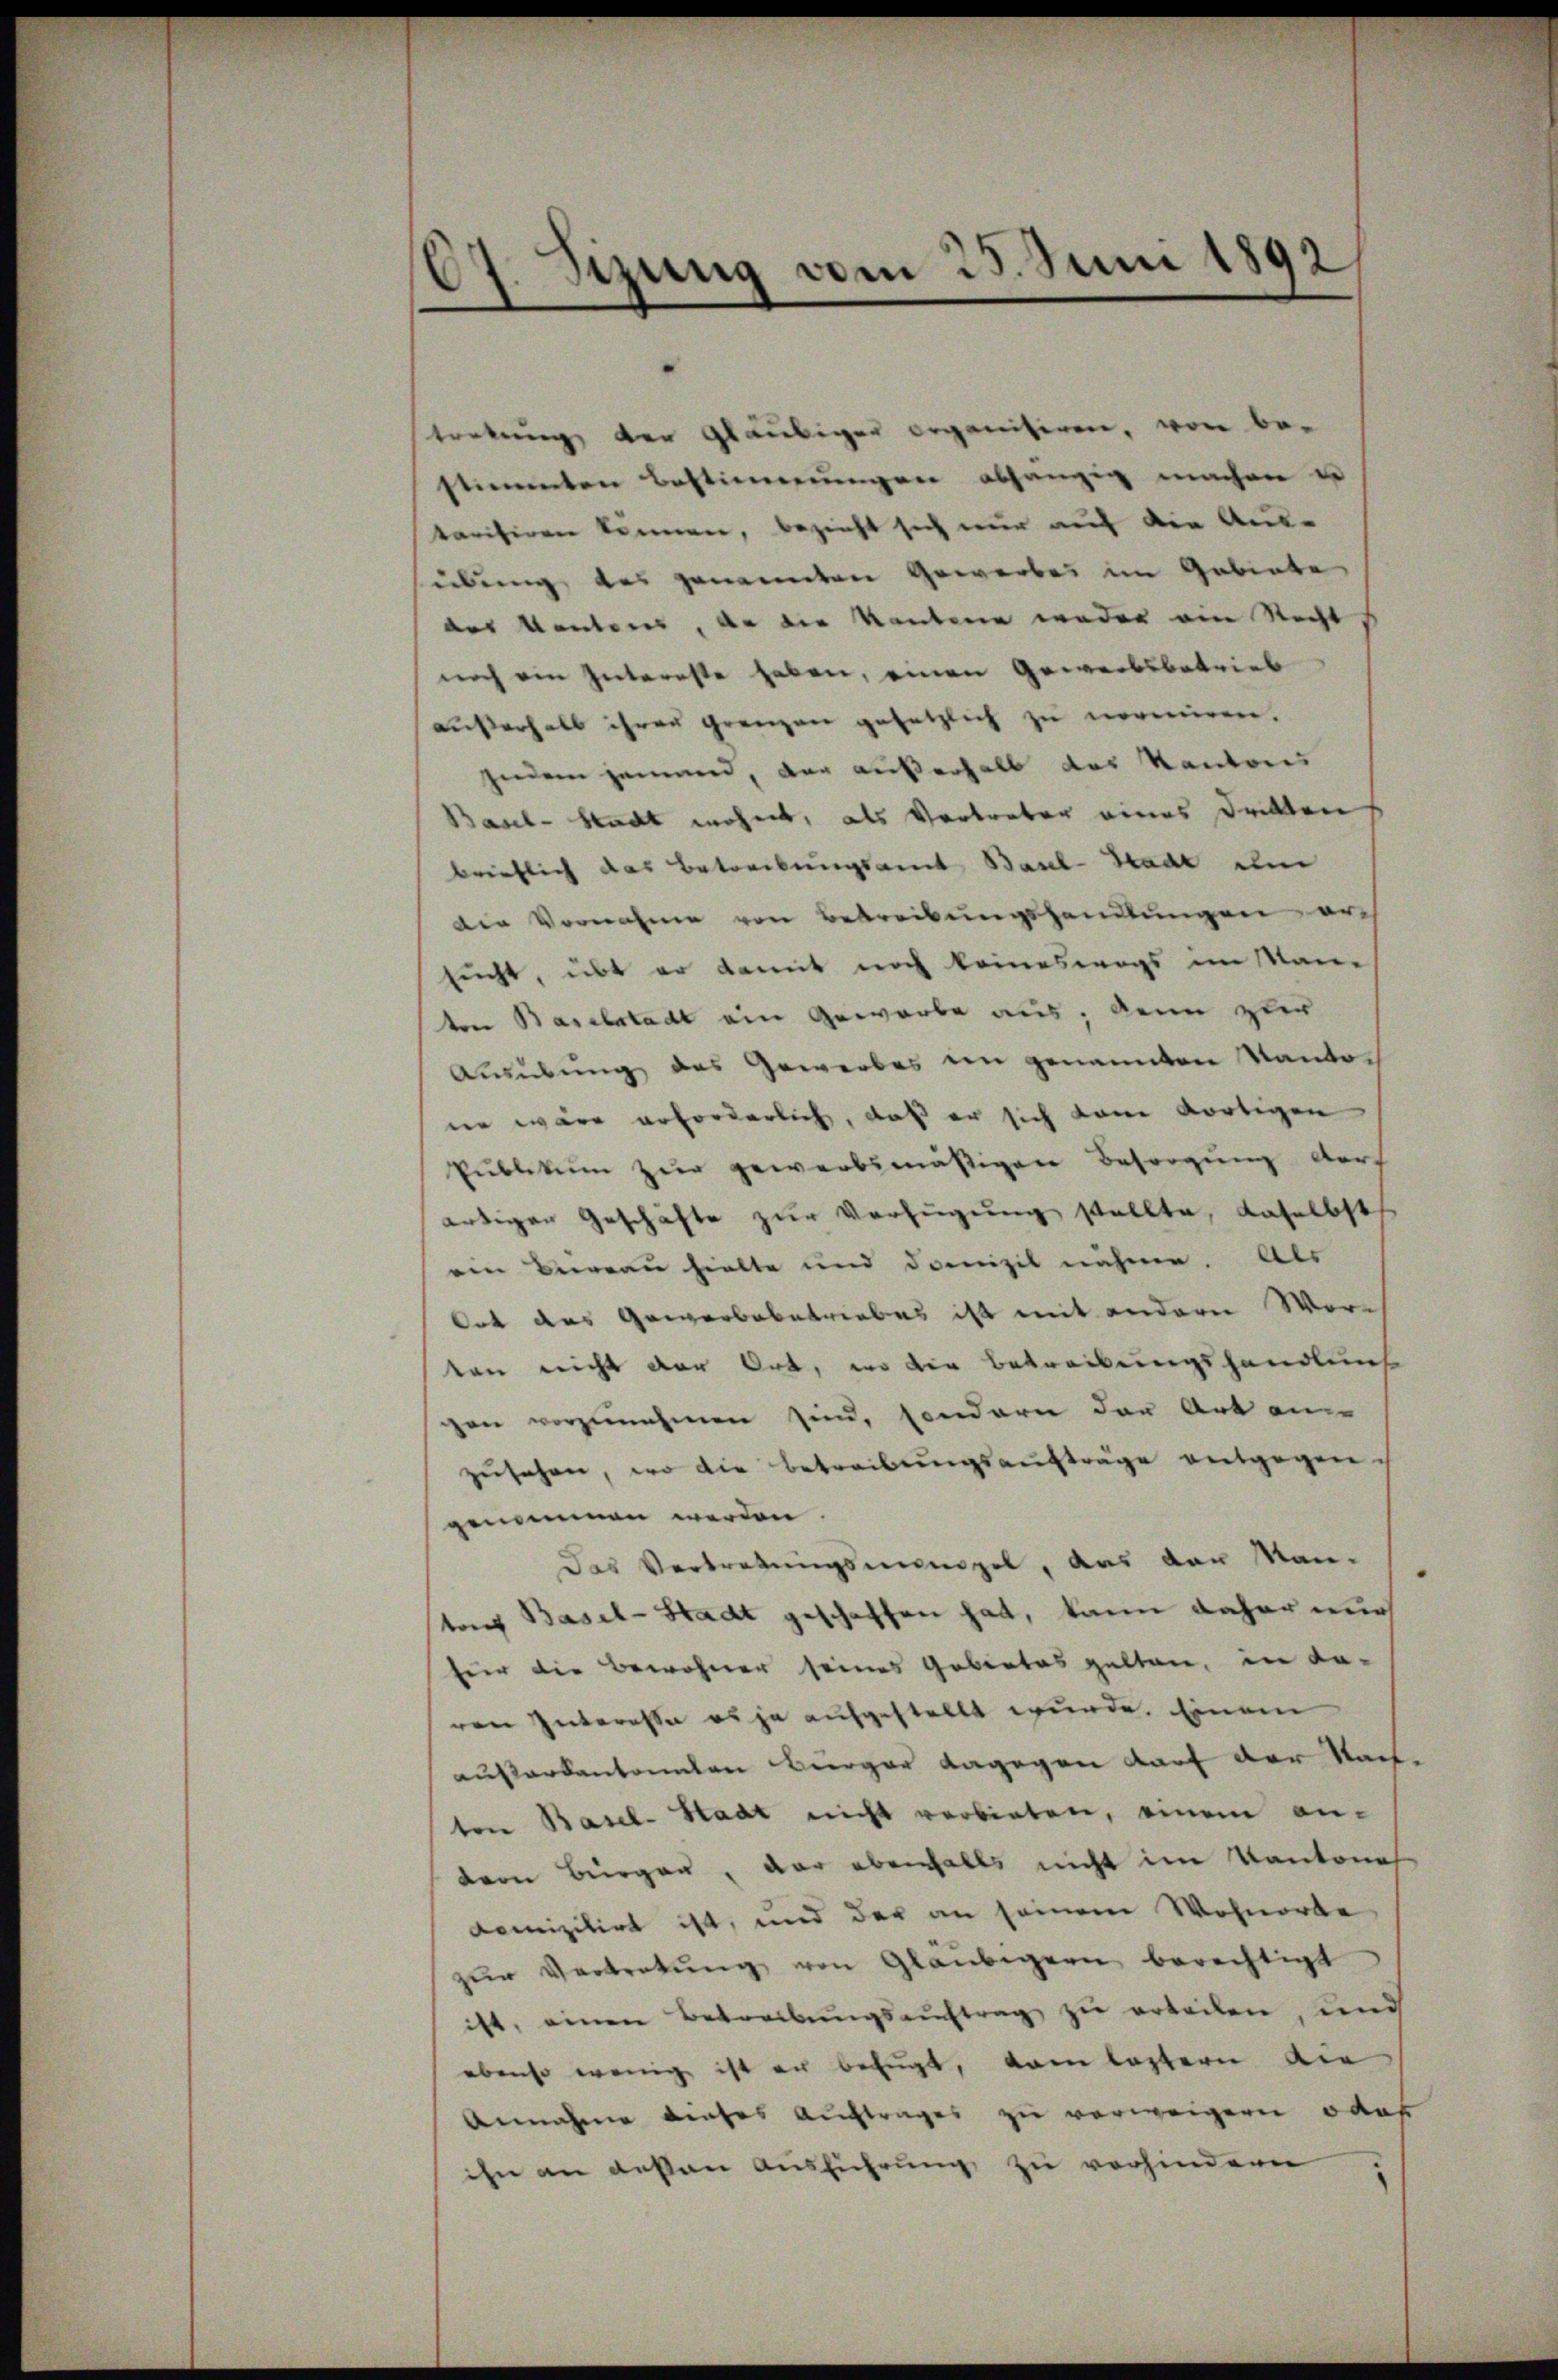
67. Sizung vom 25. Juni 1892

tretung der Gläubiger organisiren, von be-
stimmten Bestimmungen abhängig machen u
tarisiren können, bezeicht sich nur auf die Aus-
übung des genannten Gewerbes im Gebiete
des Kantons, da die Kantone weder ain Recht
noch ein Interste haben, einen Gewerbsbetrieb
außerhalb ihren grenzen gesetzlich zu normiren.
jedem jemand, der außerhalt das Kantons
Basel-Stadt wohnet, als Vortreter eines Dritten
brieflich das Betreibungsamt Basel-Stadt imm
die Vornahme von Betreibungshandlungen auch
sucht, übt er damit noch keineswegs im Man
ten Baselstadt ein Gewerbe aus, denn zuer
Ausübung das Gewerbes in genannten Kantoen wäre erforderlich, daß er sich kam dortigen
Pŭblikum zur gewerbsmäßigen Besorgung durf
artigen Geschäfte zur Verfügung stellte, daselbst
ein Bereau hielte und domizil nähme. Als
Ort des Gewerbebetriebes ist mit andern Wor-
von nicht der Ort, wo die Betreibungshandlung
zen vorzunehmen sind, sondern der Art ein
zusehen, wo die Betreibungsaufträge entgegen.
genommen werden.
Das Vertretŭngsmangel, das der Man-
tons Basel-Stadt geschaffen hat, kann daher nur
für die Bewohner seines Gebietes gelten, in da-
ven Interesse es ja aufgestellt wurde. Einem
ausarbenannten Bürger dagegen darf der Staat.
ten Basel-Stadt nicht verbieten, einem andern Bürger, der ebenfalls nicht im Kantonal
domizilirt ist, und der an seinem Wohnorte
zŭr Vertretŭng von Glaubigern berechtigt
ist, einen Betreibŭngsaŭftrag zŭ erteilen, und
ebenso wenig ist er befugt, kam lastern die
Annahme dieses Auftrages zu verweigern oder
ihn an dessen Aŭsführŭng zu verhindern